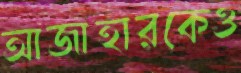
আজাহারকেও